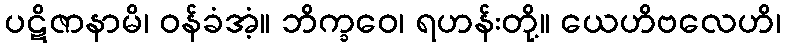
ပဋိဇာနာမိ၊ ဝန်ခံအံ့။ ဘိက္ခဝေ၊ ရဟန်းတို့။ ယေဟိဗလေဟိ၊